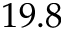
1 9 . 8